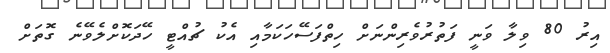
އިރު 80 ވިލާ ވަނީ ފަތުރުވެރިންނަށް ހިތްފަސޭހަކަމާއި އެކު ޗުއްޓީ ހޭދަކޮށްލެވޭނެ ގޮތަށް